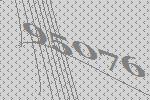
95076